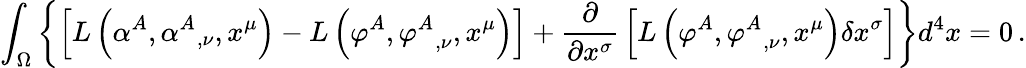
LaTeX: \int_{\Omega}\left\{ \left[L\left(\alpha^{A},{\alpha^{A}}_{,\nu},x^{\mu}\right)-L\left(\varphi^{A},{\varphi^{A}}_{,\nu},x^{\mu}\right)\right]+{\frac{\partial}{\partial x^{\sigma}}}\left[L\left(\varphi^{A},{\varphi^{A}}_{,\nu},x^{\mu}\right)\delta x^{\sigma}\right]\right\} d^{4}x=0\, .